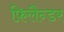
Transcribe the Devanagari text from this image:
फ़िलैन्डर